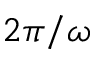
2 \pi / \omega